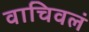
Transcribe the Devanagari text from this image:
वाचिवलं